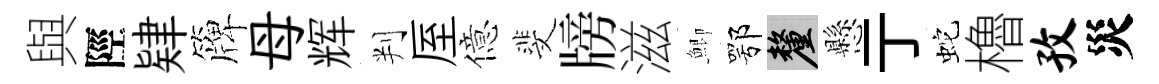
與陘肄簰母辉判厔億斐牓滋鯽鄂厘懸亍蛇櫓孜災